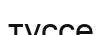
туссе